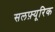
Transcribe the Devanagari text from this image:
सलफ़्यूरिक